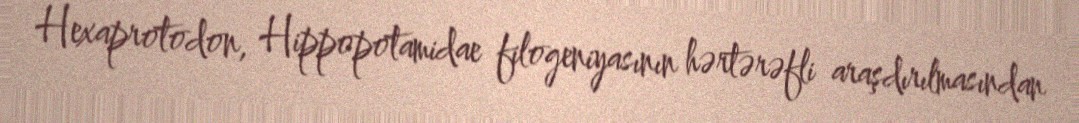
Hexaprotodon, Hippopotamidae filogeniyasının hərtərəfli araşdırılmasından